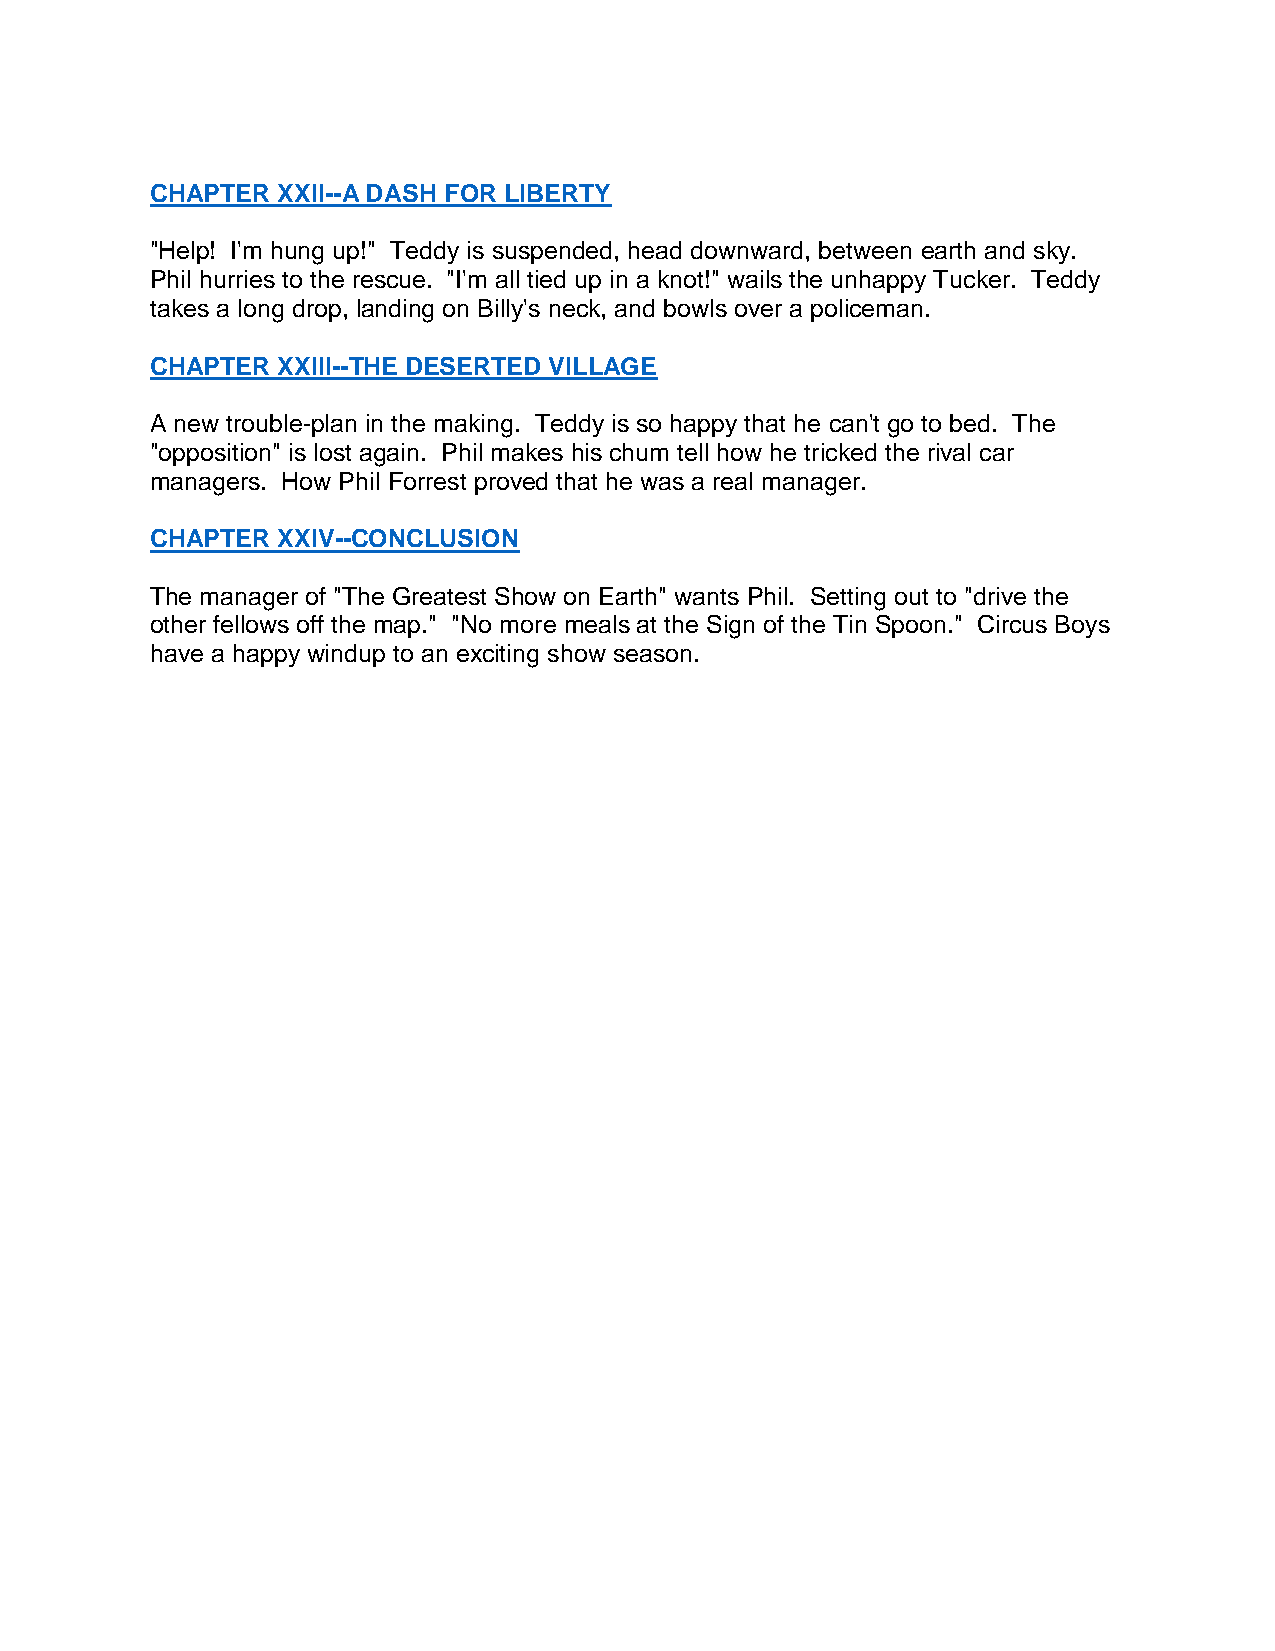
CHAPTER XXII--A DASH FOR LIBERTY
 "Help! I'm hung up!" Teddy is suspended, head downward, between earth and sky.
 Phil hurries to the rescue. "I'm all tied up in a knot!" wails the unhappy Tucker. Teddy
 takes a long drop, landing on Billy's neck, and bowls over a policeman.
 CHAPTER XXIII--THE DESERTED VILLAGE
 A new trouble-plan in the making. Teddy is so happy that he can't go to bed. The
 "opposition" is lost again. Phil makes his chum tell how he tricked the rival car
 managers. How Phil Forrest proved that he was a real manager.
 CHAPTER XXIV--CONCLUSION
 The manager of "The Greatest Show on Earth" wants Phil. Setting out to "drive the
 other fellows off the map." "No more meals at the Sign of the Tin Spoon." Circus Boys
 have a happy windup to an exciting show season.